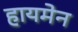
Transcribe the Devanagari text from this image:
हायमेन